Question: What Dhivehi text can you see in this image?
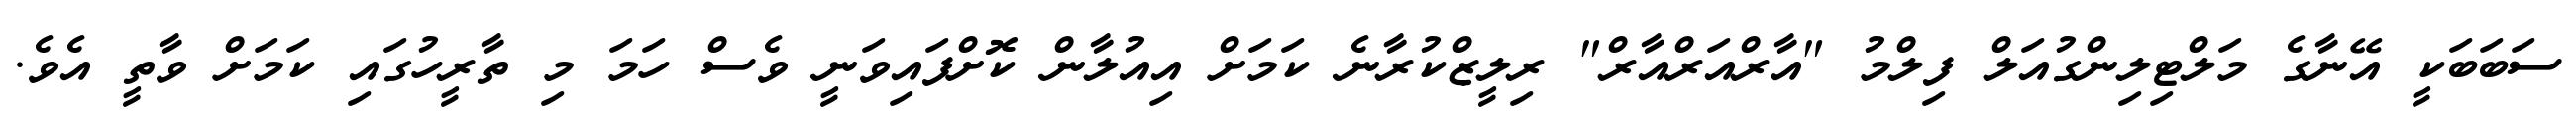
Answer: ސަބަބަކީ އޭނާގެ މަލްޓިލިންގުއަލް ފިލްމު "އާރްއަރްއާރް" ރިލީޒްކުރާނެ ކަމަށް އިއުލާން ކޮށްފައިވަނީ ވެސް ހަމަ މި ތާރީހުގައި ކަމަށް ވާތީ އެވެ.